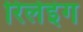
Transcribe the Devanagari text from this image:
रिलेइंग